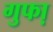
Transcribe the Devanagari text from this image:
गुफा़